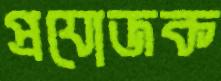
প্রযোজক